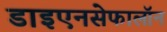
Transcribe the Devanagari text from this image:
डाइएनसेफालॉन